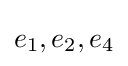
e_{1},e_{2},e_{4}